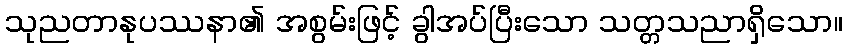
သုညတာနုပဿနာ၏ အစွမ်းဖြင့် ခွါအပ်ပြီးသော သတ္တသညာရှိသော။